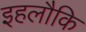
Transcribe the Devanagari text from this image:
इहलौकि